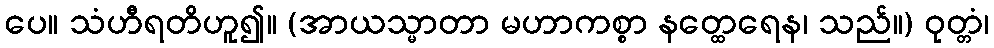
ပေ။ သံဟီရတိဟူ၍။ (အာယသ္မာတာ မဟာကစ္စာ နတ္ထေရေန၊ သည်။) ဝုတ္တံ၊